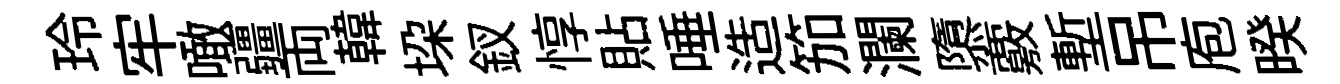
玲牢噉疆両韓垜釵惇貼唾造笳瀾隳覈塹吊庖暌